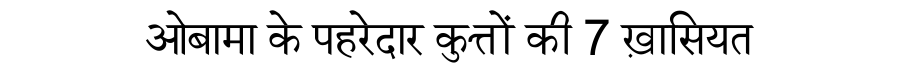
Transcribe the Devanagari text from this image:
ओबामा के पहरेदार कुत्तों की 7 ख़ासियत